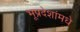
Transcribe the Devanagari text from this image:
भूप्रदेशांमधे